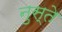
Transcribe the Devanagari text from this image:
नुस्ते